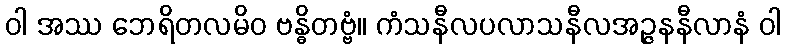
ဝါ အဿ ဘေရိတလမိဝ ဗန္ဓိတဗ္ဗံ။ ကံသနီလပလာသနီလအဉ္ဇနနီလာနံ ဝါ